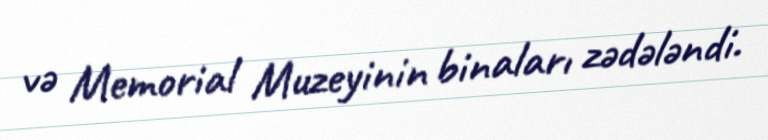
və Memorial Muzeyinin binaları zədələndi.